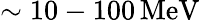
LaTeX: \sim 10-100\, \mathrm{MeV}